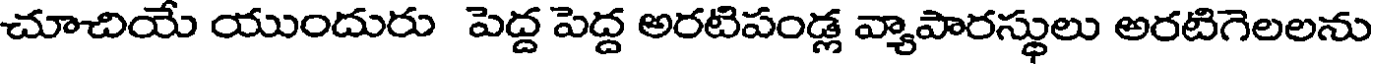
చూచియే యుందురు పెద్ద పెద్ద అరటిపండ్ల వ్యాపారస్థులు అరటిగెలలను